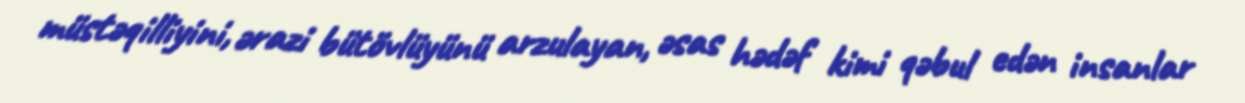
müstəqilliyini, ərazi bütövlüyünü arzulayan, əsas hədəf kimi qəbul edən insanlar